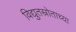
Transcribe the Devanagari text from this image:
विद्युतस्रोताच्या